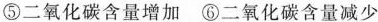
⑤二氧化碳含量增加 ⑥二氧化碳含量减少